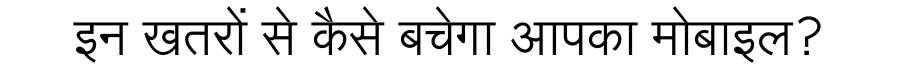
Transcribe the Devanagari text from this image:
इन खतरों से कैसे बचेगा आपका मोबाइल?